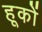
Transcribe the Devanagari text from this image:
हूकों